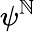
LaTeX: \psi^{\mathbb{N}}